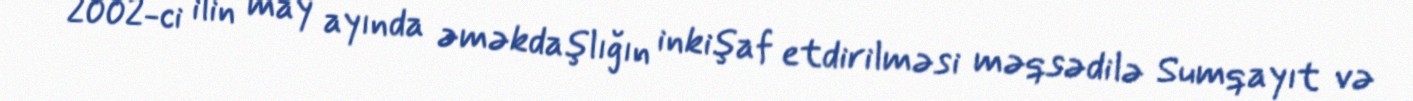
2002-ci ilin may ayında əməkdaşlığın inkişaf etdirilməsi məqsədilə Sumqayıt və